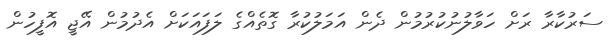
ސަރުކާރާ ރަށް ހަވާލުނުކުރުމުން ދެން އަމަލުކުރާ ގޮތެއްގެ ލަފައަކަށް އެދުމުން އޭޖީ އޮފީހުން